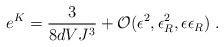
\begin{align*}e^K = \frac{3}{8d VJ^3} + {\cal O}(\epsilon^2, \epsilon_R^2,\epsilon\epsilon_R) \; .\end{align*}